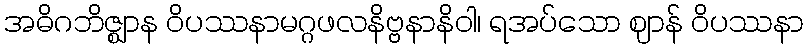
အဓိဂဘိဇ္ဈာန ဝိပဿနာမဂ္ဂဖလနိဗ္ဗနာနိဝါ၊ ရအပ်သော ဈာန် ဝိပဿနာ